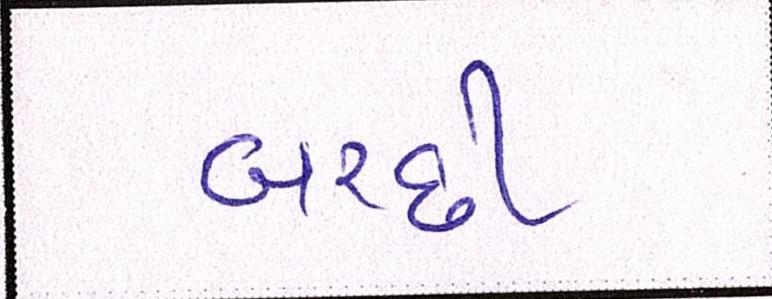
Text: બરછી